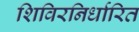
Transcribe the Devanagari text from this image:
शिविरनिर्धारित